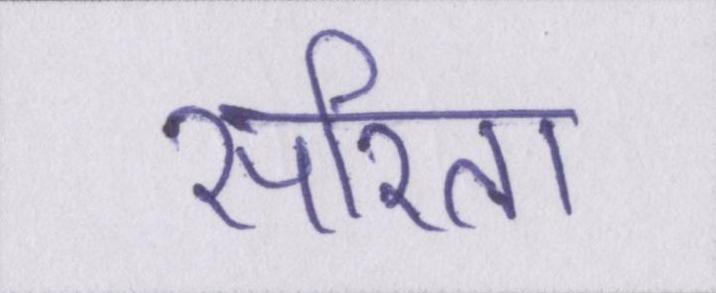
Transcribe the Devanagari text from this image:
सरिता